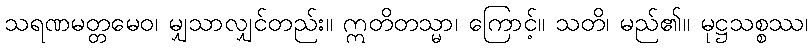
သရဏမတ္တမေဝ၊ မျှသာလျှင်တည်း။ ဣတိတသ္မာ၊ ကြောင့်။ သတိ၊ မည်၏။ မုဋ္ဌသစ္စဿ၊